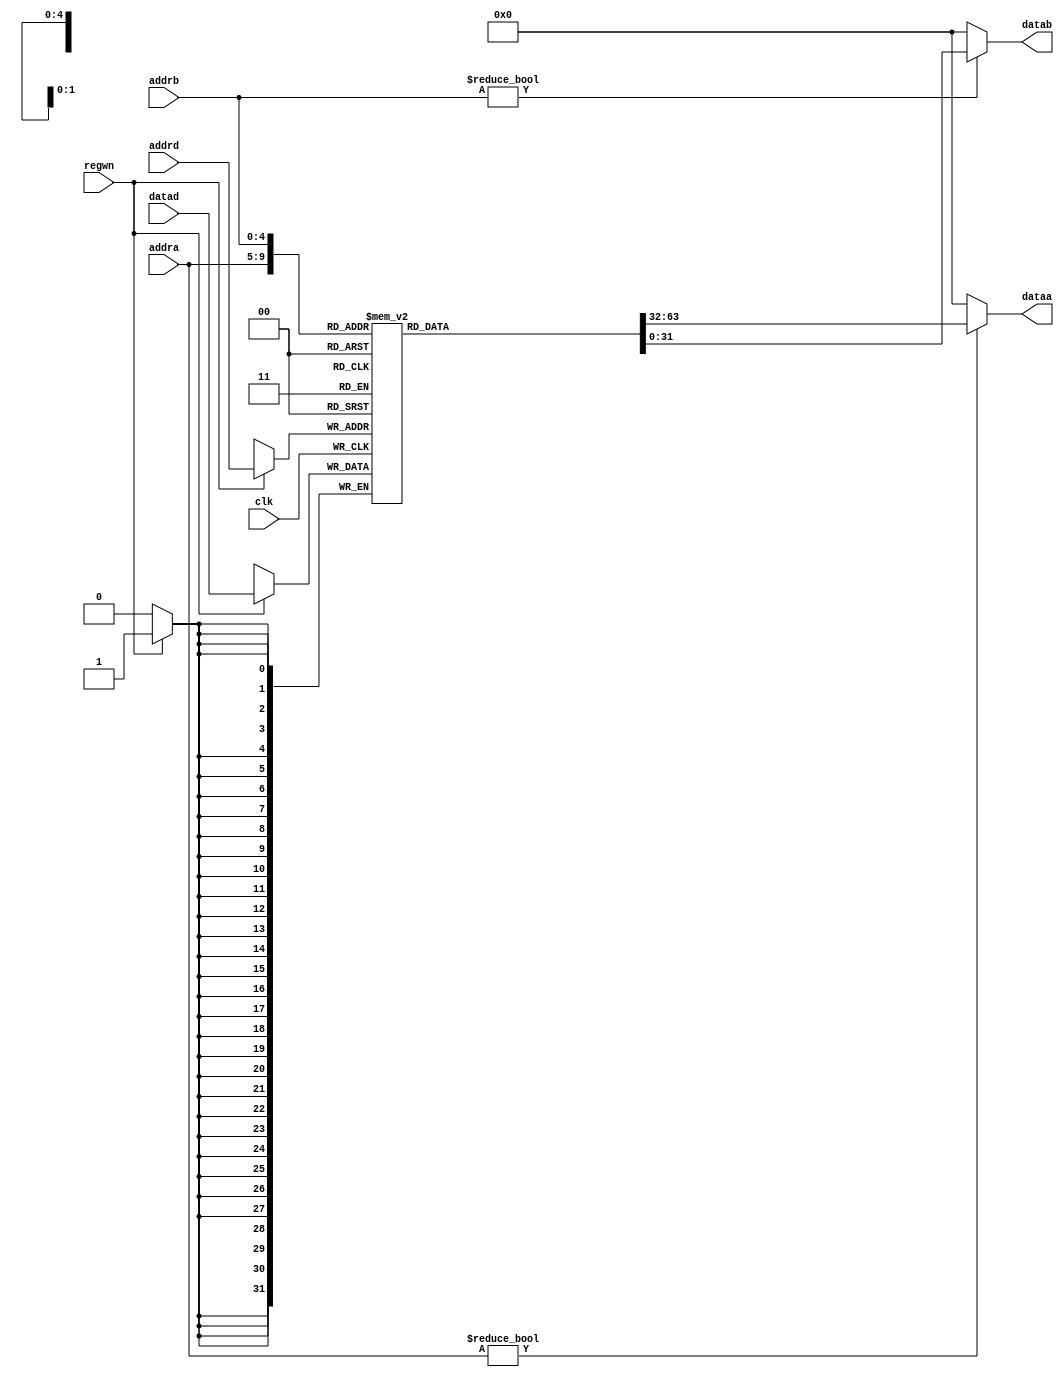
`timescale 1ns / 1ps

module regf(
    input clk,
    input [31:0] datad,
    input [4:0] addrd,
    input [4:0] addra,
    input [4:0] addrb,
    input regwn,
    output [31:0] dataa,
    output [31:0] datab
    );
	 
	reg [31:0] regf [31:0];
	assign dataa = addra?regf[addra]:0;
	assign datab = addrb?regf[addrb]:0;
	
	always @(posedge clk)
		if (regwn == 1'b1)
			regf[addrd] <= datad;
endmodule